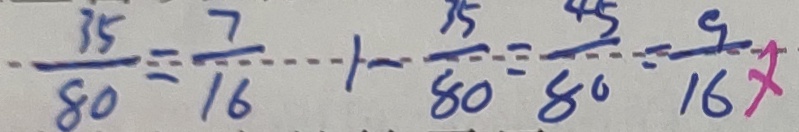
\frac { 3 5 } { 8 0 } = \frac { 7 } { 1 6 } 1 - \frac { 3 5 } { 8 0 } = \frac { 4 5 } { 8 0 } = \frac { 9 } { 1 6 }